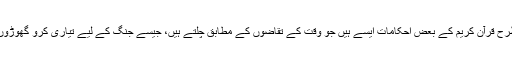
اسی طرح قرآن کریم کے بعض احکامات ایسے ہیں جو وقت کے تقاضوں کے مطابق چلتے ہیں، جیسے جنگ کے لیے تیاری کرو گھوڑوں سے۔